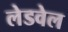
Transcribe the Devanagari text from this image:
लेडवेल